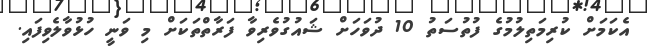
އެކަމަށް ކުރިމަތިލުމުގެ ފުތުސަތު 10 ދުވަހަށް ޝައުގުވެރިވާ ފަރާތްތަކަށް މި ވަނީ ހުޅުވާލެވިފައި.